Annual report on the Civil Veterinary Department, Burma (including the Insein Veterinary School) - 1932-1941
Year: 1932
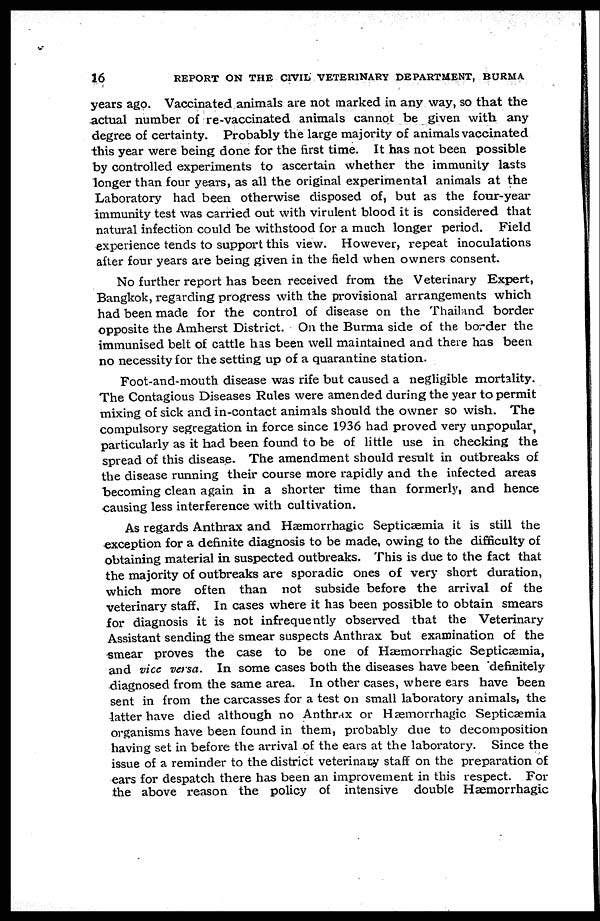
16
REPORT ON THE CIVIL VETERINARY DEPARTMENT, BURMA
years ago. Vaccinated animals are not marked in any way, so that the
actual number of re-vaccinated animals cannot be given with any
degree of certainty. Probably the large majority of animals vaccinated
this year were being done for the first time. It has not been possible
by controlled experiments to ascertain whether the immunity lasts
longer than four years, as all the original experimental animals at the
Laboratory had been otherwise disposed of, but as the four-year
immunity test was carried out with virulent blood it is considered that
natural infection could be withstood for a much longer period. Field
experience tends to support this view. However, repeat inoculations
after four years are being given in the field when owners consent.
No further report has been received from the Veterinary Expert,
Bangkok, regarding progress with the provisional arrangements which
had been made for the control of disease on the Thailand border
opposite the Amherst District. On the Burma side of the border the
immunised belt of cattle has been well maintained and there has been
no necessity for the setting up of a quarantine station.
Foot-and-mouth disease was rife but caused a negligible mortality.
The Contagious Diseases Rules were amended during the year to permit
mixing of sick and in-contact animals should the owner so wish. The
compulsory segregation in force since 1936 had proved very unpopular,
particularly as it had been found to be of little use in checking the
spread of this disease. The amendment should result in outbreaks of
the disease running their course more rapidly and the infected areas
becoming clean again in a shorter time than formerly, and hence
causing less interference with cultivation.
As regards Anthrax and Hæmorrhagic Septicaemia it is still the
exception for a definite diagnosis to be made, owing to the difficulty of
obtaining material in suspected outbreaks. This is due to the fact that
the majority of outbreaks are sporadic ones of very short duration,
which more often than not subside before the arrival of the
veterinary staff. In cases where it has been possible to obtain smears
for diagnosis it is not infrequently observed that the Veterinary
Assistant sending the smear suspects Anthrax but examination of the
smear proves the case to be one of Hæmorrhagic Septicaemia,
and vice versa. In some cases both the diseases have been "definitely
diagnosed from the same area. In other cases, where ears have been
sent in from the carcasses for a test on small laboratory animals, the
latter have died although no Anthrax or Hæmorrhagic Septicaemia
organisms have been found in them, probably due to decomposition
having set in before the arrival of the ears at the laboratory. Since the
issue of a reminder to the district veterinary staff on the preparation of
ears for despatch there has been an improvement in this respect. For
the above reason the policy of intensive double
Hæmorrhagic